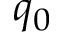
q _ { 0 }